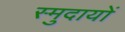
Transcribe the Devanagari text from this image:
स्मुदायों